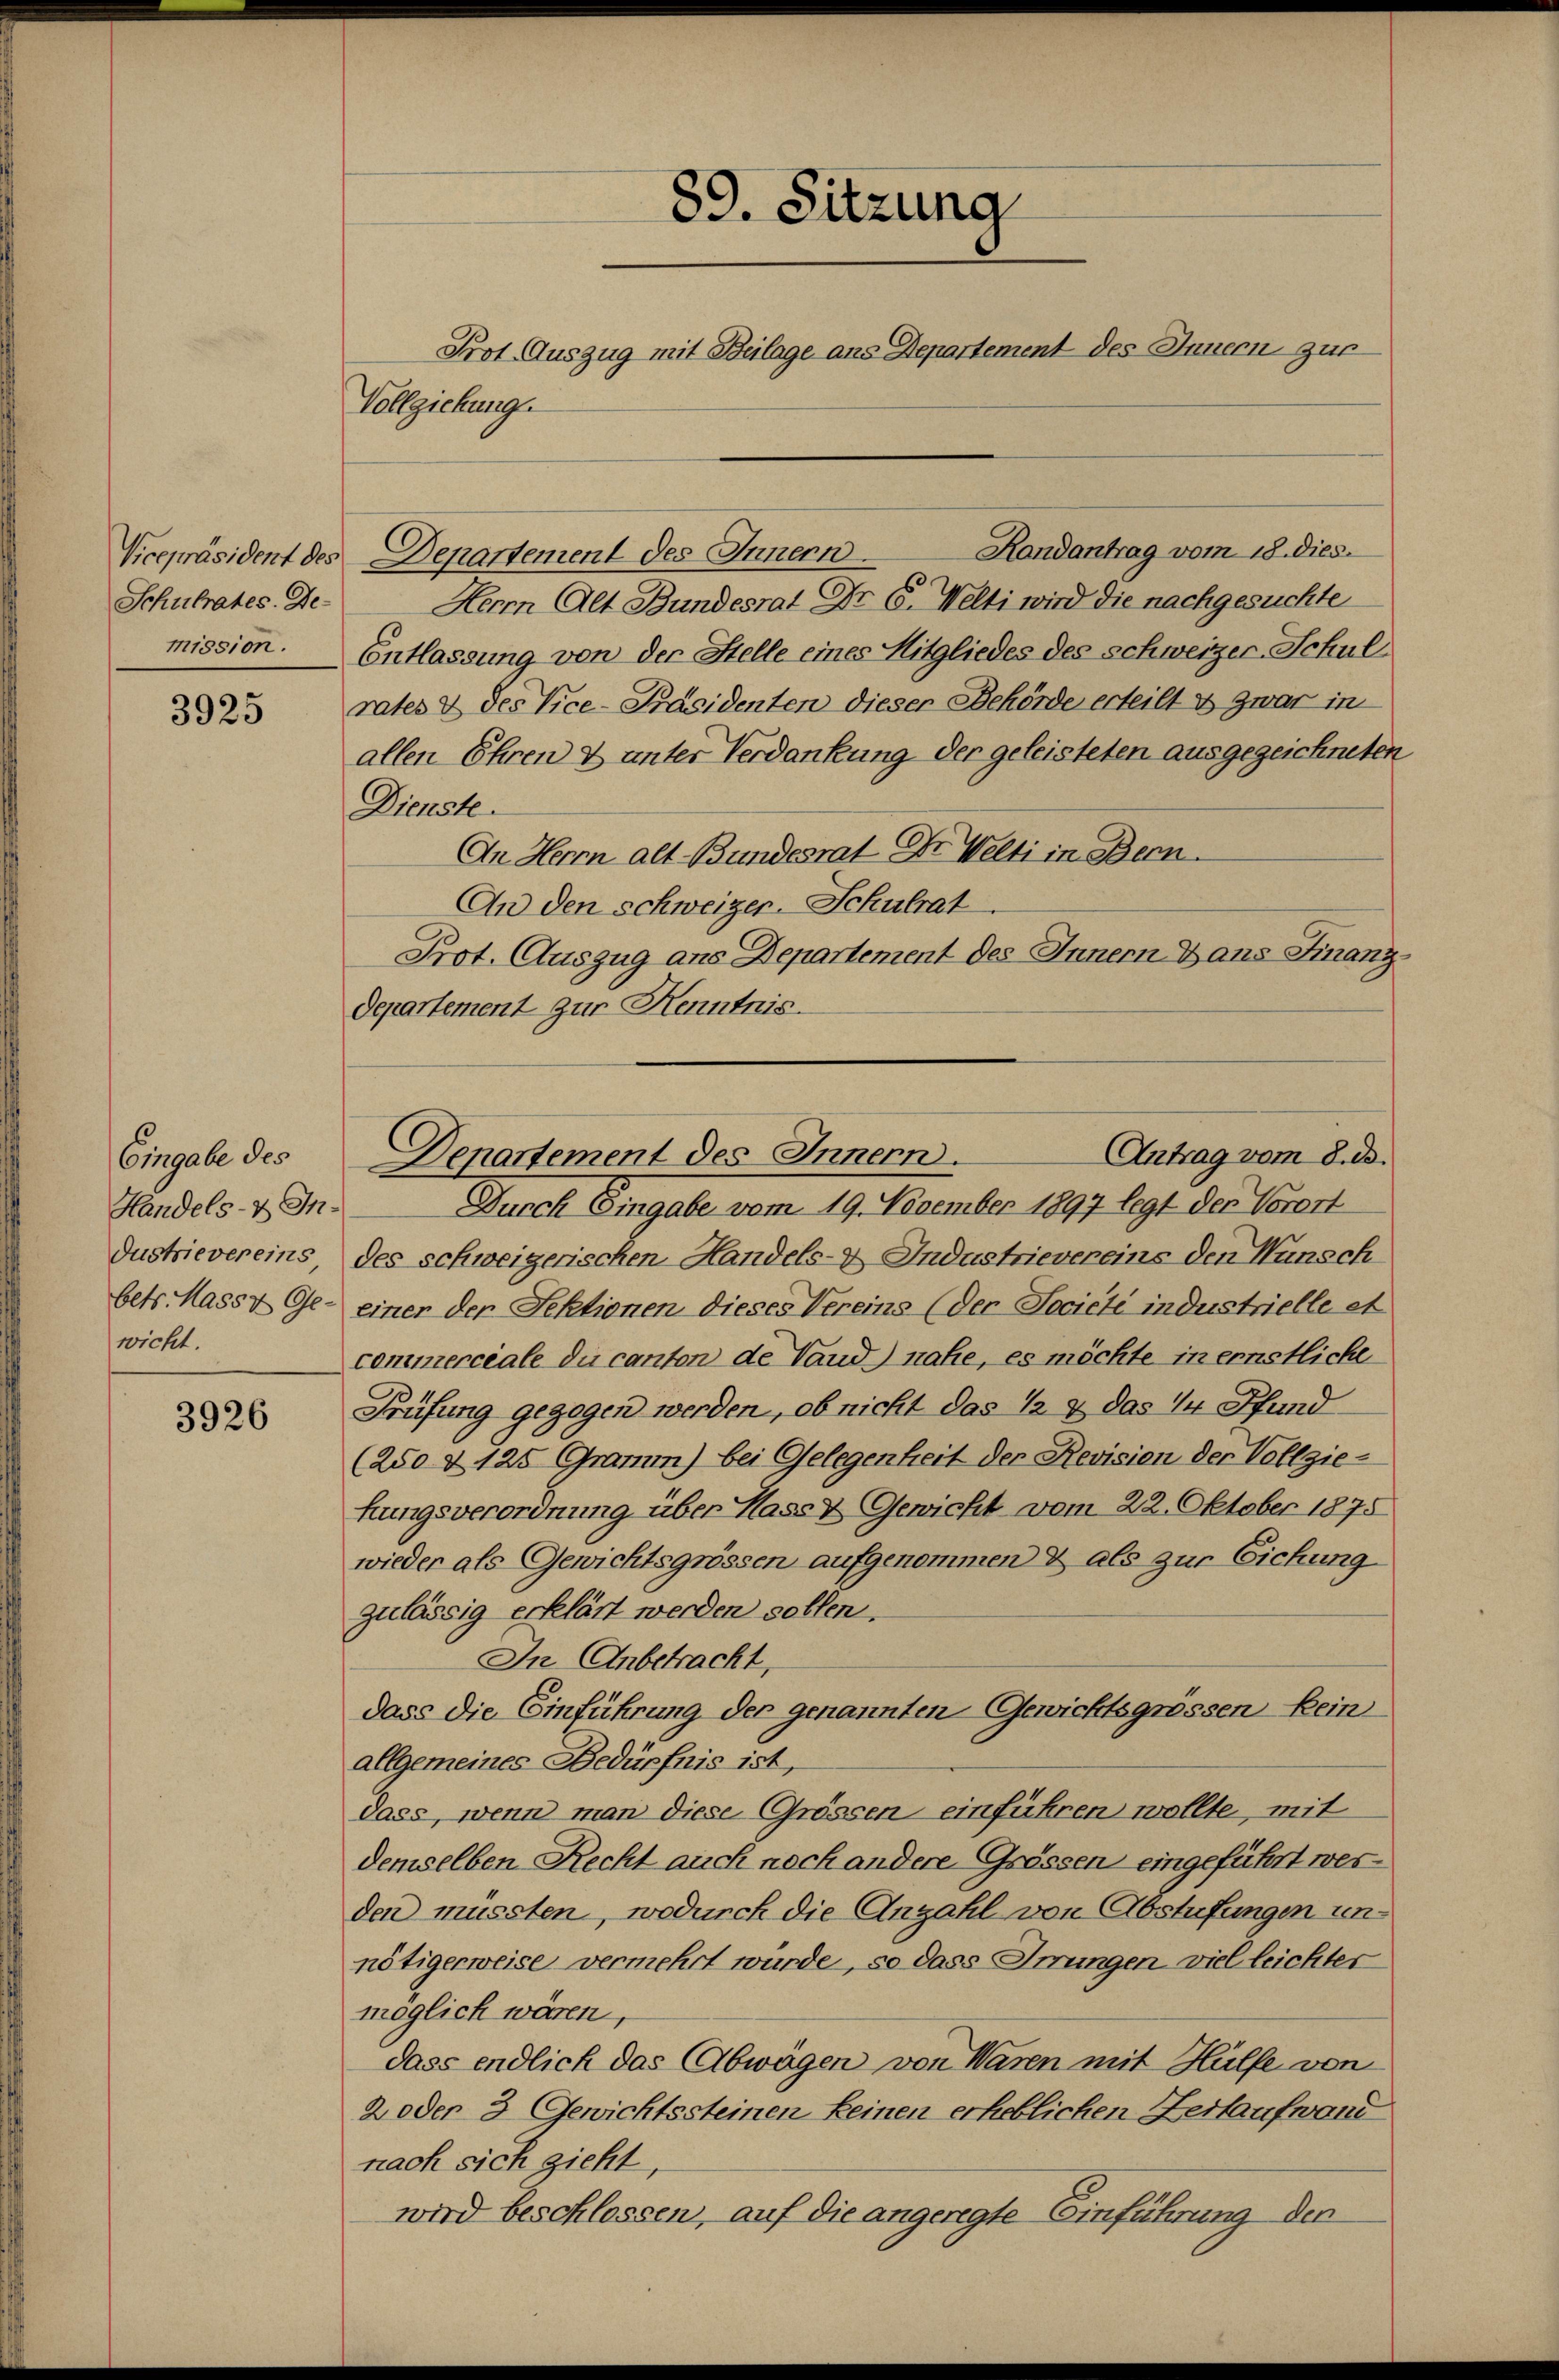
Schulrates. De-
mission.

3925

Eingabe des
Handels- & Industrievereins
betr. Hass z Ge-
wicht.

3926

89. Sitzung
Prot. Auszug mit Beilage ans Departement des Innern zur
Vollziehung.

Herrn Alt Bundesrat Dr. C. Welti wird die nachgesuchte
Entlassung von der Stelle eines Mitgliedes des Schweizer-Schulrates & des Vice-Präsidenten dieser Behörde erteilt es zwar in
allen Ehren & unter Verdankung der geleisteten ausgezeichneten
Dienste.
An Herrn alt Bundesrat Dr. Welti in Bern.
An den schweizer. Schulrat
Prot. Auszug ans Departement des Innern Dans Finanzdepartement zur Kenntnis.

Vicepräsident des Departement des Innern

Durch Eingabe vom 19. November 1897 legt der Vorort
des schweigerischen Handels- Industrievereins den Wunsch
einer der Sektionen dieses Vereins (der Societe industrielle et
commerciale du canton de Vaud nahe, es möchte in ernstliche
Prüfung gezogen werden, ob nicht das 12 & das 14 Pfund
(250 & 125 Gram) bei Gelegenheit der Revisien der Vollziehungsverordnung über Hass & Gewicht vom 22. Oktober 1875
wieder als Gewichtsgrössen aufgenommen & als zur Eichung
zulässig erklärt werden sollen.
In Anbetracht,
dass die Einführung der genannten Gewichtsgrössen kein
allgemeines Bedürfnis ist,
dass, wenn man diese Grössen einführen wollte, mit
demselben Recht auch nach andere Grössen eingeführt werden müssten, wodurch die Anzahl von Abstufungen unnötigerweise vermehrt wurde, so dass Irrungen viel leichter
möglich wären,
dass endlich das Abwägen von Waren mit Hülfe von
2 oder 3 Gewichtssteinen keinen erheblichen Zertaufwand
nach sich zieht,
wird beschlossen, auf die angeregte Einführung der

Randantrag vom 18. dies

Antrag vom 8. ds.
Denartement des Innern.